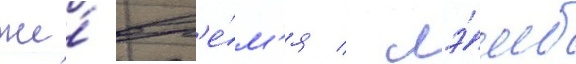
же́ вр'е́м'я / лэ́мб